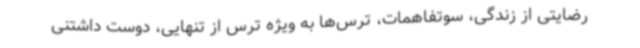
رضایتی از زندگی، سوتفاهمات، ترس‌ها به ویژه ترس از تنهایی، دوست داشتنی